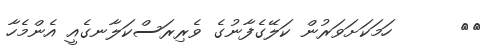
٨٦      ހަމަކަށަވަރުން ކަލޭގެފާނުގެ ވެރިރަސްކަލާނގެއީ އެންމެހާ